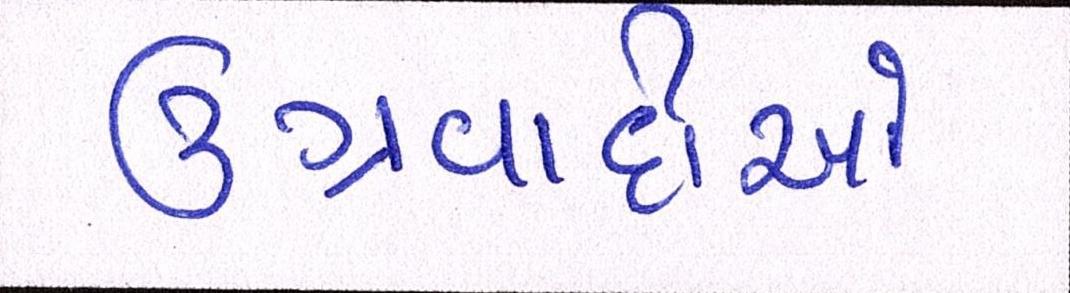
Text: ઉગ્રવાદીઓ